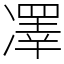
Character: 凙